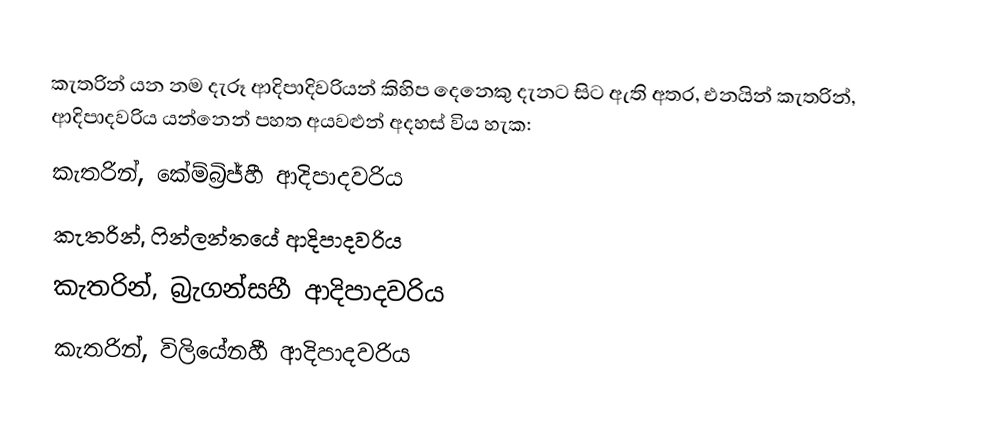
කැතරින් යන නම දැරූ ආදිපාදිවරියන් කිහිප දෙනෙකු දැනට සිට ඇති අතර, එනයින් කැතරින්, ආදිපාදවරිය යන්නෙන් පහත අයවළුන් අදහස් විය හැක:
 කැතරින්, කේම්බ්‍රිජ්හී ආදිපාදවරිය
 කැතරින්, ෆින්ලන්තයේ ආදිපාදවරිය
 කැතරින්, බ්‍රැගන්සහී ආදිපාදවරිය
 කැතරින්, විලියේනහී ආදිපාදවරිය